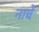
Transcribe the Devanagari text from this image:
नाचें